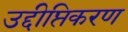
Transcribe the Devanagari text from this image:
उद्दीप्तिकरण